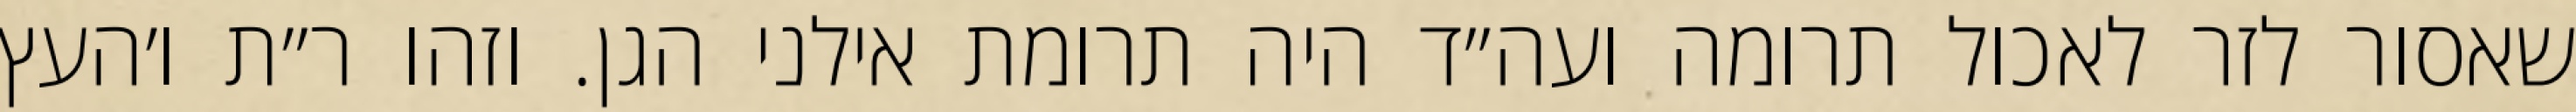
שאסור לזר לאכול תרומה ועה״ד היה תרומת אילני הגן. וזהו ר״ת ו׳העץ